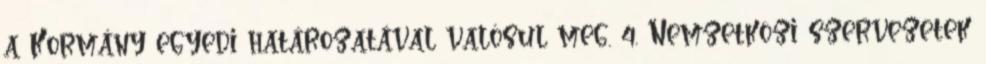
a Kormány egyedi határozatával valósul meg. 4. Nemzetközi szervezetek